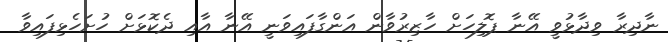
ނާދިރާ ވިދާޅުވީ އޭނާ ޕޮލިހަށް ހާޒިރުވާން އަންގާފައިވަނީ އޭނާ އާއި ދެކޮޅަށް ހުށަހެޅިފައިވާ